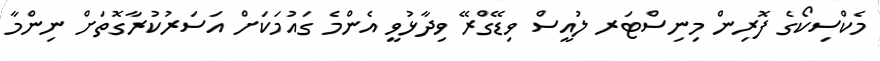
މެކްސިކޯގެ ފޮރިން މިނިސްޓަރ ލުއީސް ވިޑޭގްރޭ ވިދާޅުވީ އެންމެ ގައުމަކަށް އަސަރުކުރާގޮތަށް ނިންމާ